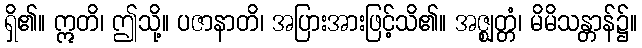
ရှိ၏။ ဣတိ၊ ဤသို့။ ပဇာနာတိ၊ အပြားအားဖြင့်သိ၏။ အဇ္ဈတ္တံ၊ မိမိသန္တာန်၌။